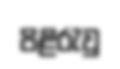
පිළිරැවු